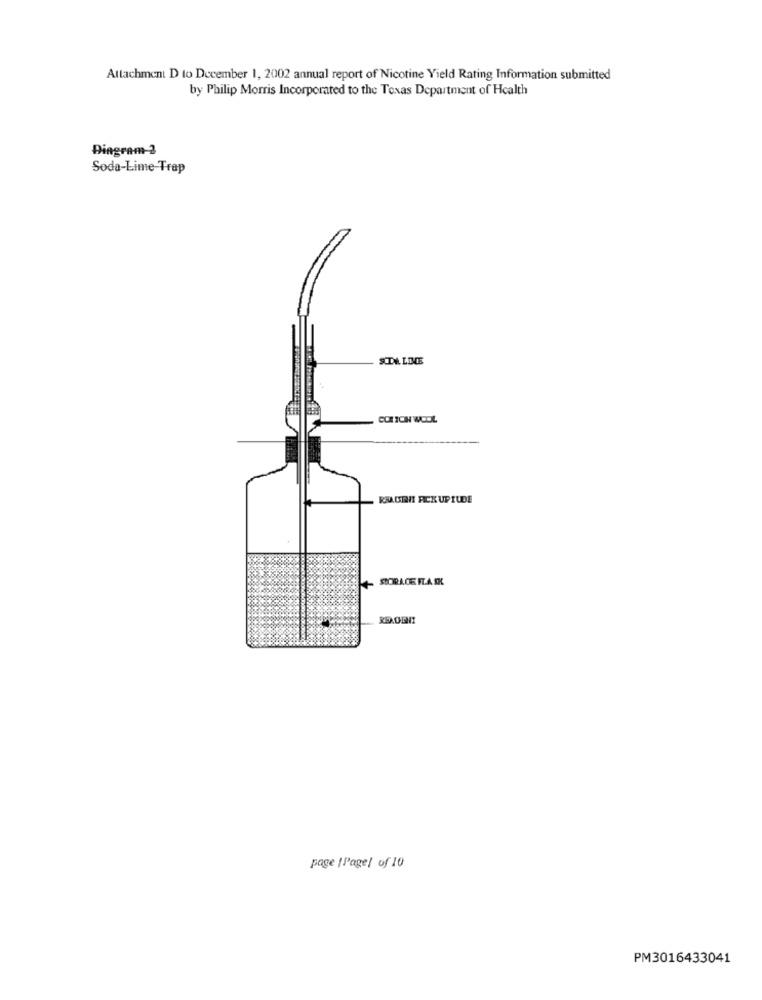
Attachment D to December 1, 2002 annual report of Nicotine Yield Rating Information submitted
by Philip Morris Incorporated to the Texas Department of Health
Diagram-2
Soda-Lime Trap
SODA LIME
CORTON WOOL
RMAGEHT FICK UPIUDE
STORACE FLA OK
page / l'agel of 10
PM3016433041